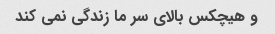
و هیچکس بالای سر ما زندگی نمی کند